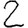
Digit: 2